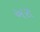
અરા